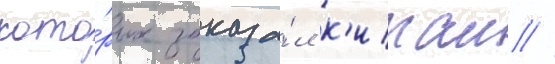
кото́рых заказа́л к'итаи //